Scottish Leaving Certificate Examination, 1957
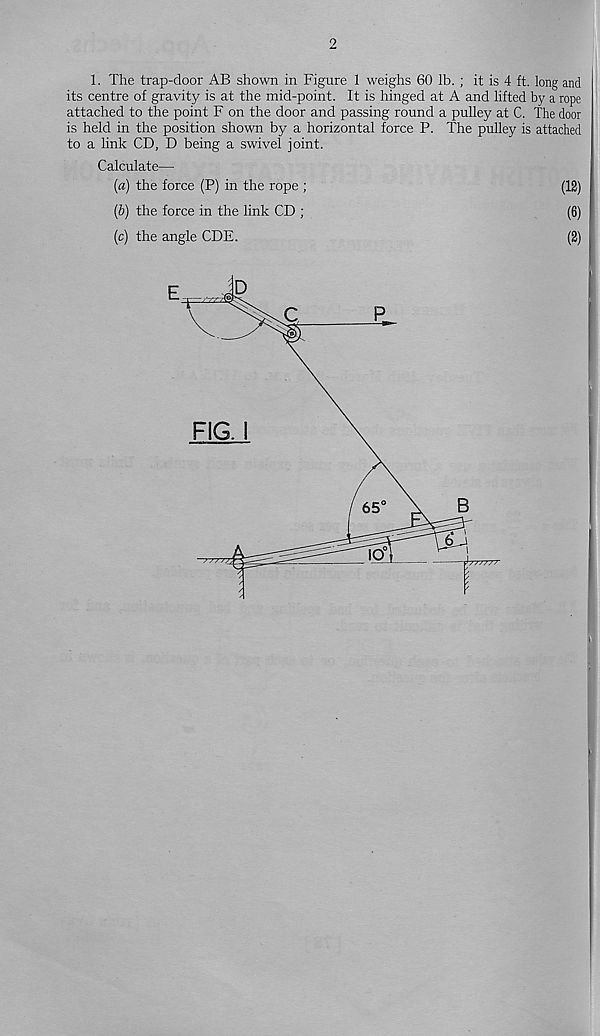
2
1. The trap-door AB shown in Figure 1 weighs 60 lb. ; it is 4 ft. long and
its centre of gravity is at the mid-point. It is hinged at A and lifted by a rope
attached to the point F on the door and passing round a pulley at C. The door
is held in the position shown by a horizontal force P. The pulley is attached
to a link CD, D being a swivel joint.
Calculate—
(a) the force (P) in the rope ;
(12)
(b) the force in the link CD ;
(6)
(c) the angle CDE.
(2)